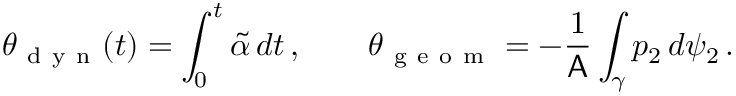
\theta _ { \mathrm { ~ d ~ y ~ n ~ } } ( t ) = \int _ { 0 } ^ { t } \widetilde { \alpha } \, d t \, , \qquad \theta _ { \mathrm { ~ g ~ e ~ o ~ m ~ } } = - \frac { 1 } { \mathsf { A } } \int _ { \gamma } p _ { 2 } \, d \psi _ { 2 } \, .